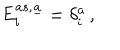
E _ { i } ^ { a s , \underline { { { a } } } } = \delta _ { i } ^ { a } \, ,